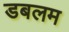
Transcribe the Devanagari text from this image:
डबलम